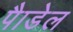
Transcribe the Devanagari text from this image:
पैाडेल